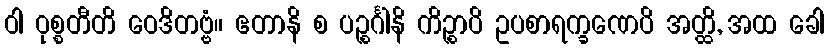
ဝါ ဝုစ္စတီတိ ဝေဒိတဗ္ဗံ။ ဧတာနိ စ ပဉ္စင်္ဂါနိ ကိဉ္စာပိ ဥပစာရက္ခဏေပိ အတ္ထိ, အထ ခေါ